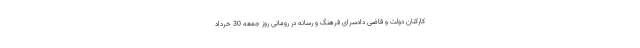
کارکنان دولت و قاضی دادسرای فرهنگ و رسانه در رومانی روز جمعه 30 خرداد